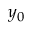
y _ { 0 }